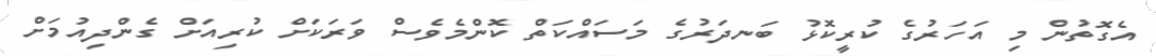
އެގޮތުން މި އަހަރުގެ ކުރީކޮޅު ބަނދަރުގެ މަސައްކަތް ކޮންމެވެސް ވަރަކަށް ކުރިއަށް ގެންދިއުމަށް